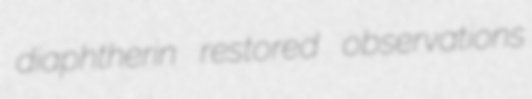
diaphtherin restored observations